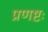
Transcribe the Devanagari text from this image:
प्रणष्टः